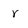
Character: r